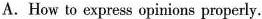
A.How to express opinions properly.